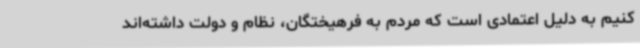
کنیم به دلیل اعتمادی است که مردم به فرهیختگان، نظام و دولت داشته‌اند